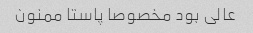
عالی بود مخصوصا پاستا ممنون